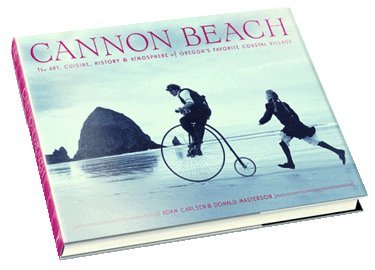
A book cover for Cannon Beach: The Art, Cuisine, History and Atmosphere of Oregon's Favorite Coastal Village; Adam Carlsen; Travel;